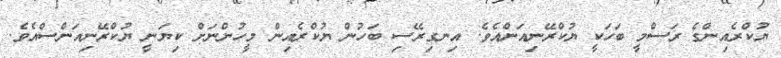
ޔުކްރެއިންގެ ރަސްމީ ބަހަކީ ޔުކްރޭނިއަންއެވެ. އިނގިރޭސި ބަހުން ޔުކްރެއިން މީހުންނަށް ކިޔަނީ ޔުކްރޭނިއަންސްއެވެ.